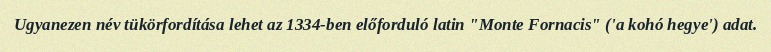
Ugyanezen név tükörfordítása lehet az 1334-ben előforduló latin "Monte Fornacis" ('a kohó hegye') adat.